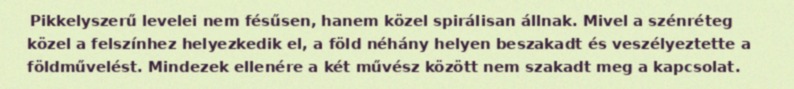
Pikkelyszerű levelei nem fésűsen, hanem közel spirálisan állnak. Mivel a szénréteg közel a felszínhez helyezkedik el, a föld néhány helyen beszakadt és veszélyeztette a földművelést. Mindezek ellenére a két művész között nem szakadt meg a kapcsolat.